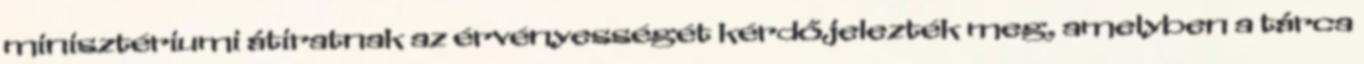
minisztériumi átiratnak az érvényességét kérdőjelezték meg, amelyben a tárca